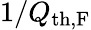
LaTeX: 1/Q_{\mathrm{th,F}}